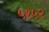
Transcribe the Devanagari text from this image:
५१५२